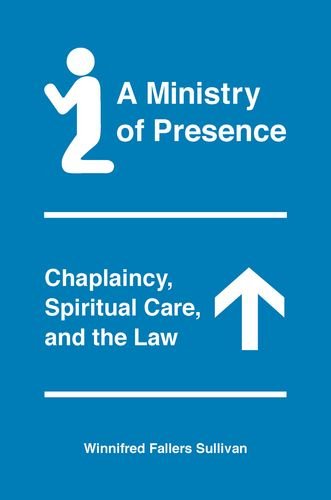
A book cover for A Ministry of Presence: Chaplaincy, Spiritual Care, and the Law; Winnifred Fallers Sullivan; Law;